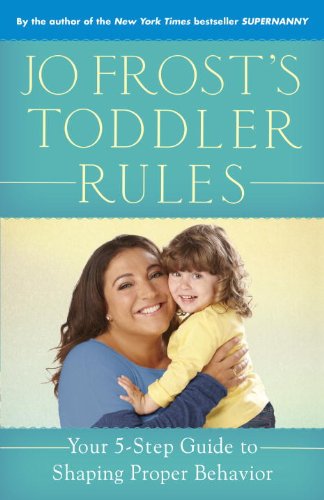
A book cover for Jo Frost's Toddler Rules: Your 5-Step Guide to Shaping Proper Behavior; Jo Frost; Education & Teaching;